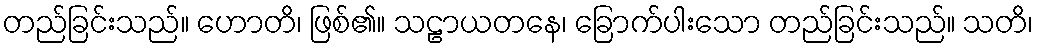
တည်ခြင်းသည်။ ဟောတိ၊ ဖြစ်၏။ သဠာယတနေ၊ ခြောက်ပါးသော တည်ခြင်းသည်။ သတိ၊